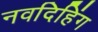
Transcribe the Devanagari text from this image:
नवदिहिंग